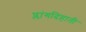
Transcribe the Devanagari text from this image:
प्लांगदिहाती